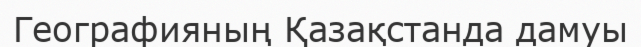
Географияның Қазақстанда дамуы